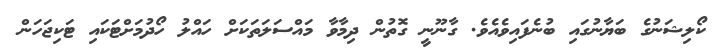
ކޯލިޝަނުގެ ބަޔާނުގައި ބުނެފައިވެއެވެ. ގާނޫނީ ގޮތުން ދިމާވާ މައްސަލަތަކަށް ހައްލު ހޯދުމަށްޓަކައި ޓަކިޖަހަން